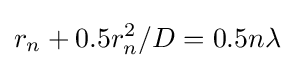
r_{n}+0.5r_{n}^{2}/D=0.5n\lambda